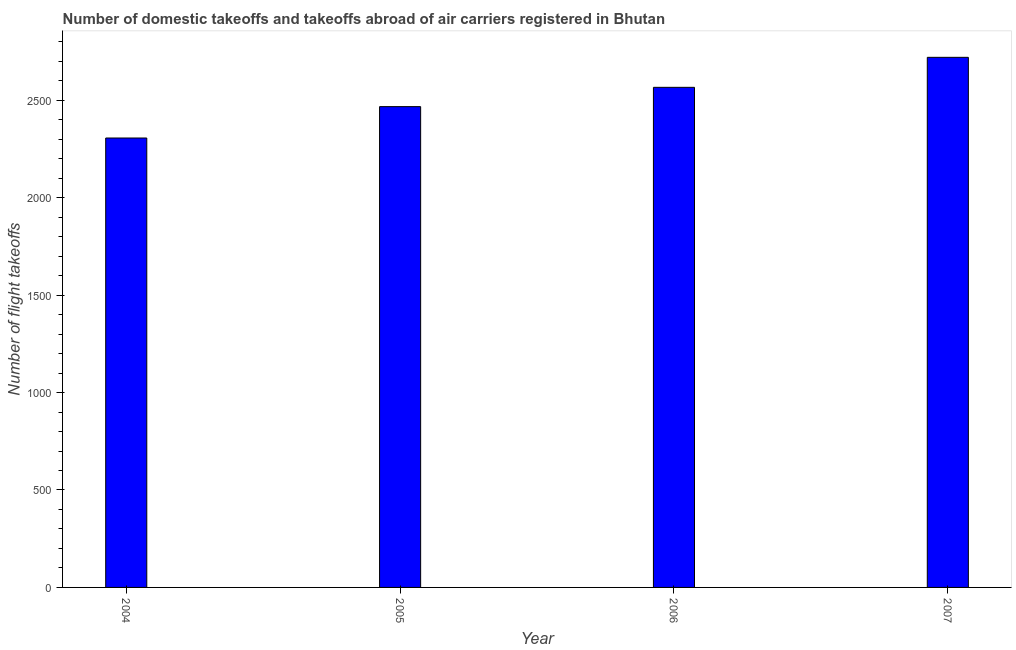
| Year | Air transport |
 | --- | --- |
 | 2004 | 2.31e+03 |
 | 2005 | 2.47e+03 |
 | 2006 | 2.57e+03 |
 | 2007 | 2.72e+03 |